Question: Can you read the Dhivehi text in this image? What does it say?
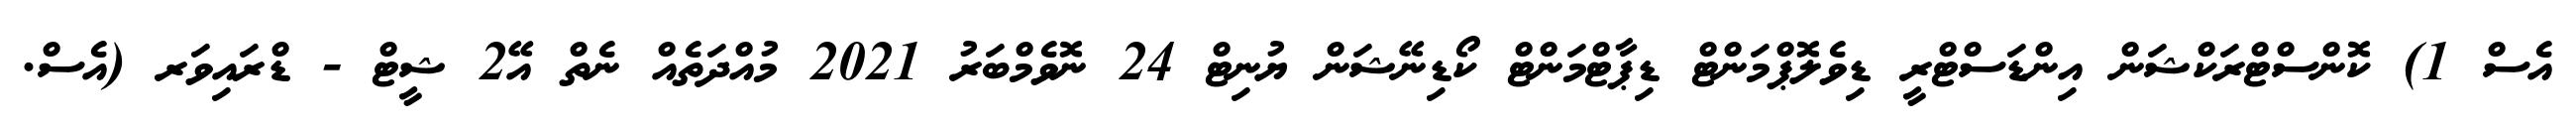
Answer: އެސް 1) ކޮންސްޓްރަކްޝަން އިންޑަސްޓްރީ ޑިވެލޮޕްމަންޓް ޑިޕާޓްމަންޓް ކޯޑިނޭޝަން ޔުނިޓް 24 ނޮވެމްބަރު 2021 މުއްދަތެއް ނެތް އޭ2 ޝީޓް - ޑްރައިވަރ (އެސް.